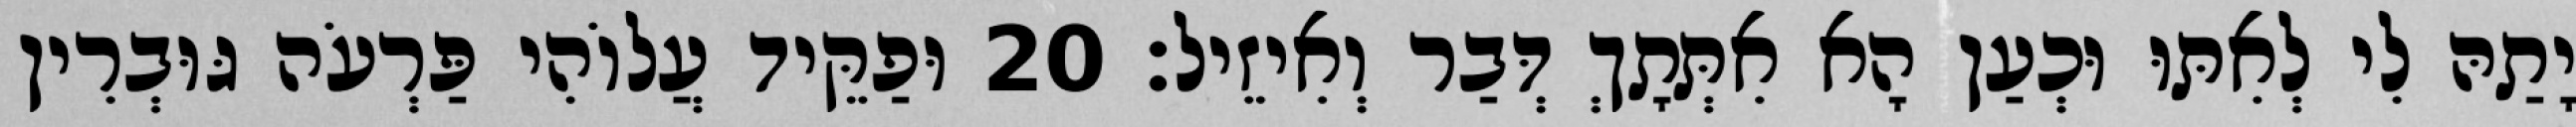
יָתַהּ לִי לְאִתּוּ וּכְעַן הָא אִתְּתָךְ דְּבַר וְאִיזֵיל׃ 20 וּפַקֵּיד עֲלוֹהִי פַּרְעֹה גּוּבְרִין